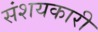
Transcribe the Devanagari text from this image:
संशयकारी